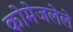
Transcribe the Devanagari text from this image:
कोमेजलेले